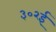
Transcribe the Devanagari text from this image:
३०२ई